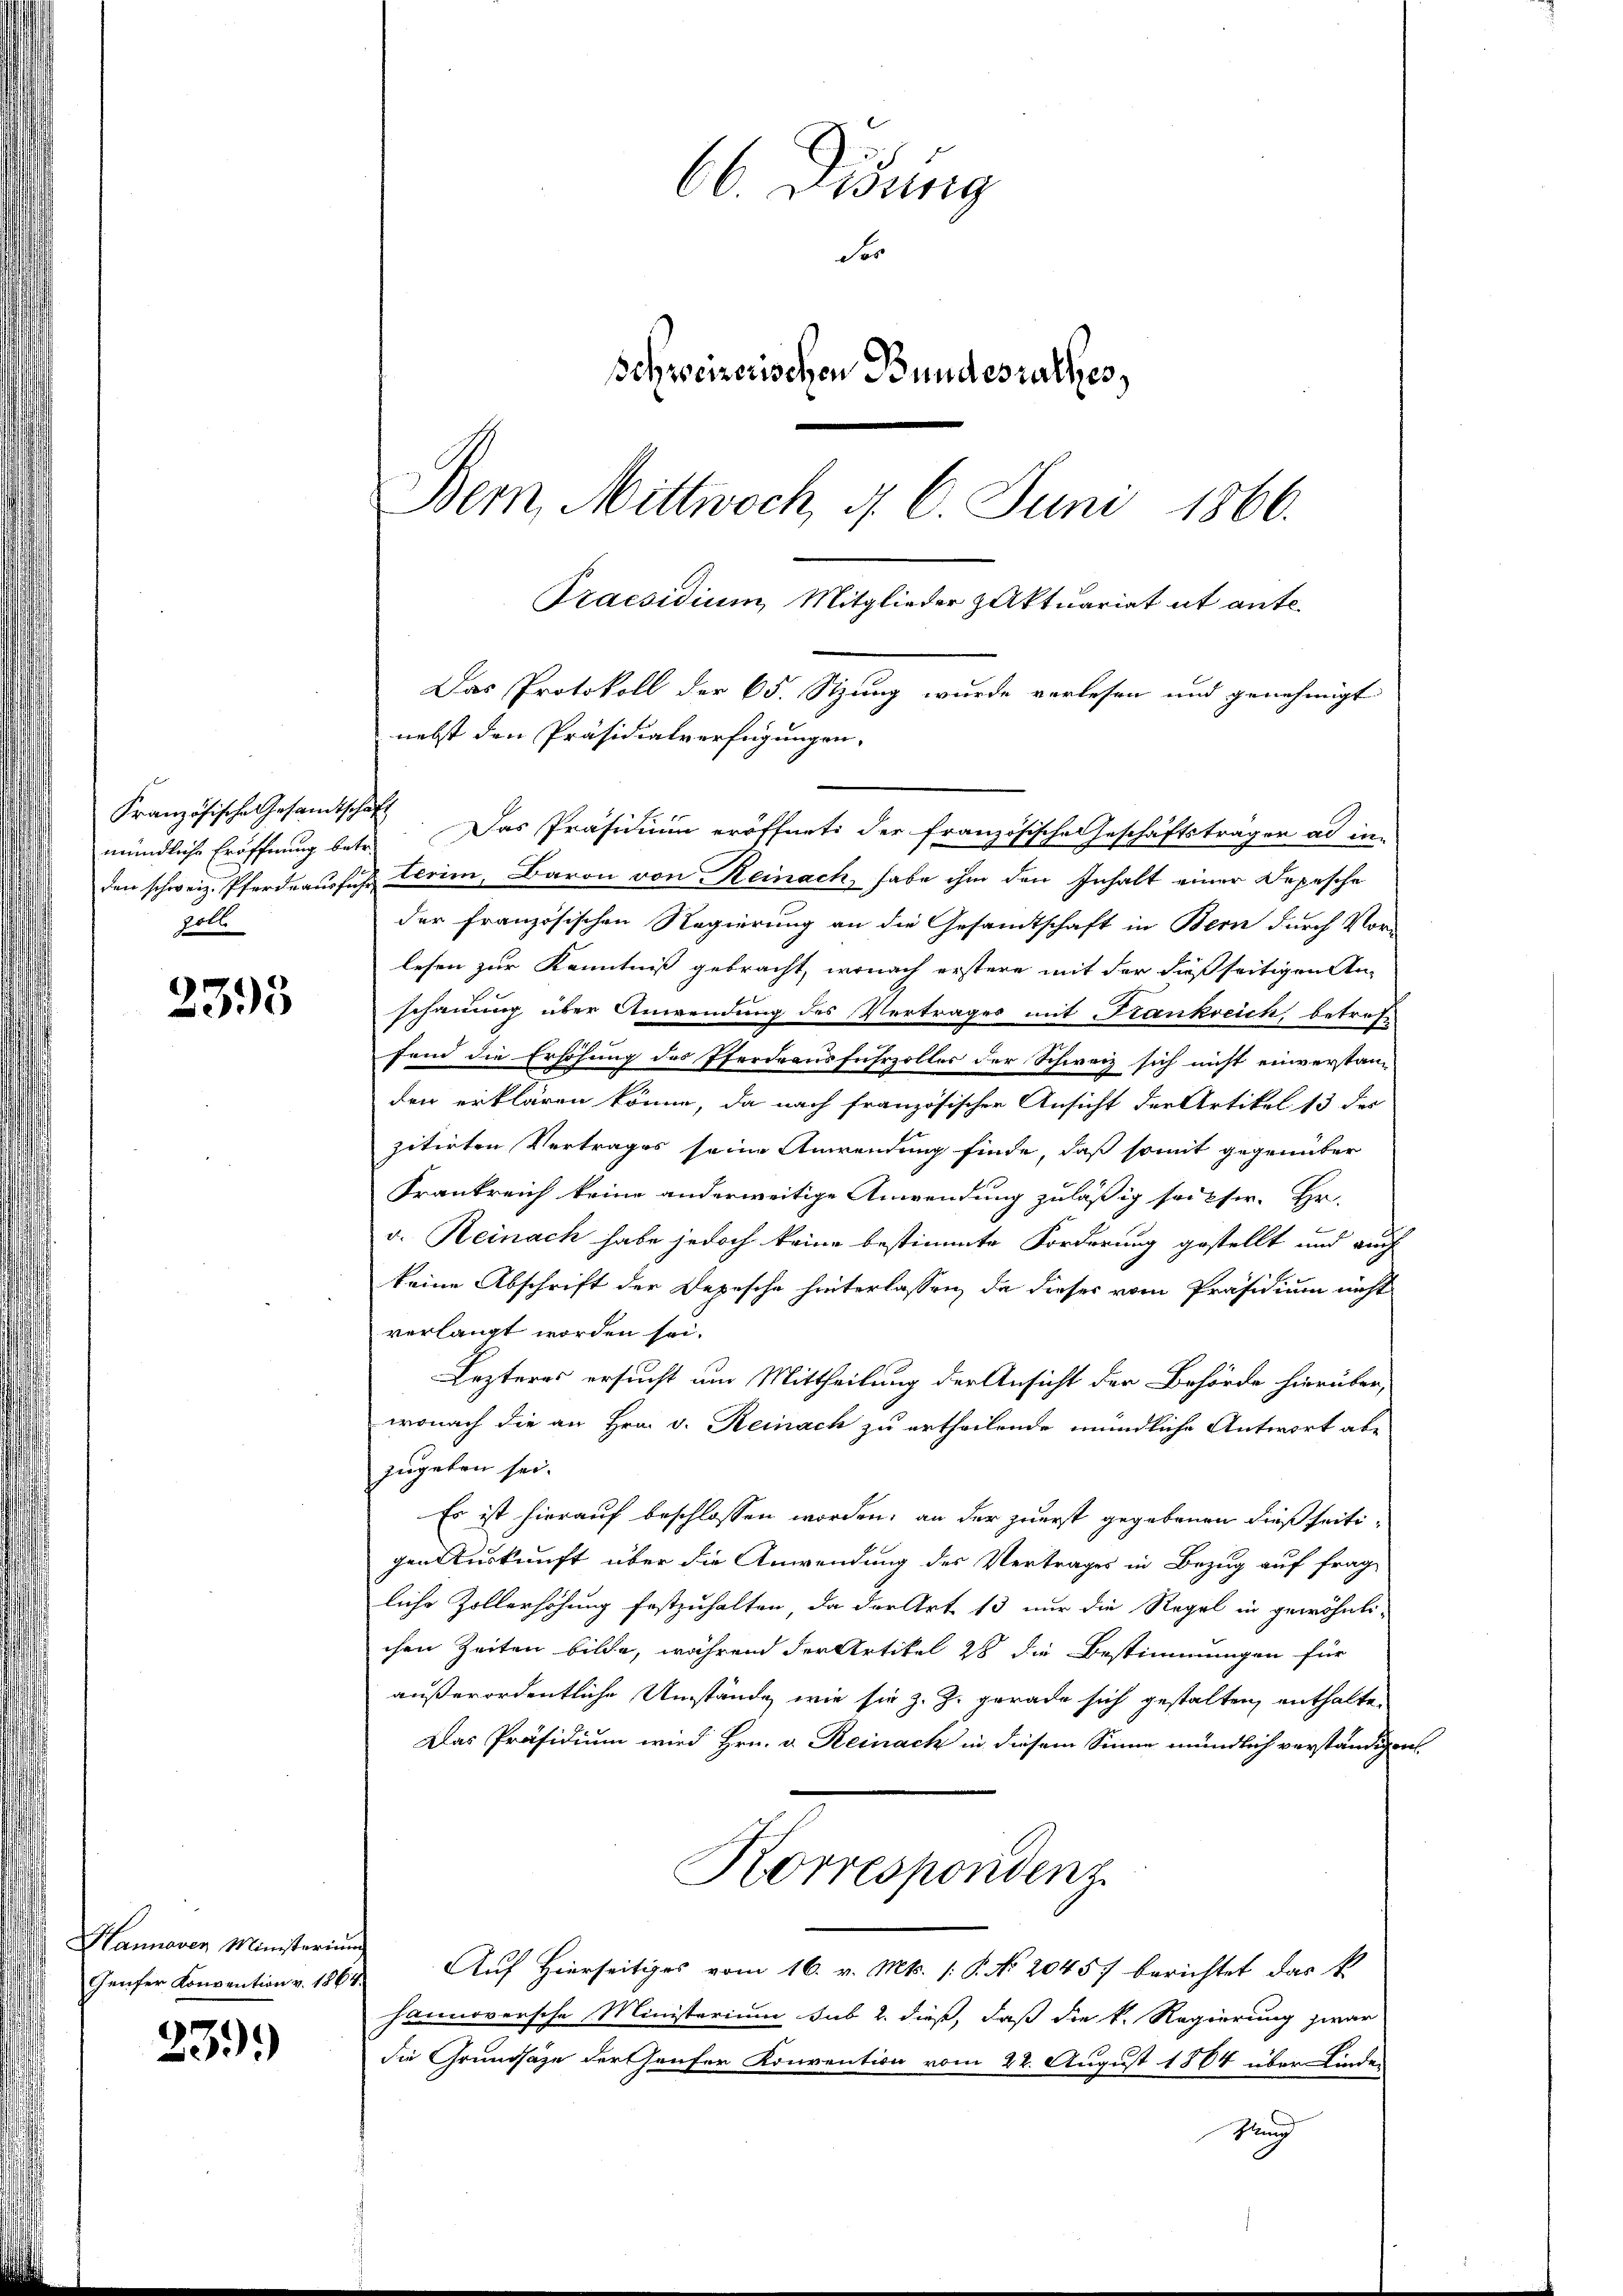
Französische Gesandtschaft
2oll.

2395

Hannaven Ministerium

239.

66. Disung
Se
Schweizerischen Bundesrathes,
Bem Mittwoch, d. 6. Juni 1866.

Praesidium, Mitglieder Aktuariat et ante.
Das Protokoll der 65. Stzung wurde verlesen und genehmigt
nebst den Präsidialverfügungen.
mündliche Eröffnung betr. Das Präsidium eröffnet der französische Geschäftsträger ad in-

den schweiz. Pferdraussich Ferie, Baron von Reinach, habe ihm den Inhalt einer Depesche
der französischen Regierung an die Gesandtschaft in Bern durch Vor-
lesen zur Kenntniß gebracht, wonach erstere mit der dießseitigen Anschauung über Anwendung des Vertrages mit Krankreich, betroff
fend die Erhöhung des Pferdeausfuhrzoller der Schweiz sich nicht einverstan-
den erklären könne, da nach französischer Ansicht der Artikel 13 des
zitirten Vertrages seine Anwendung finde, daß somit gegenüber
Krankreich keine anderweitige Anwendung zuläßig seitser. Hr.
v. Heinach habe jedoch keine bestimmte Forderung gestellt und auch
keine Abschrift der Depesche hinterlassen, da dieses vom Präsidium nicht
verlangt worden sei.
Lezteres ersucht um Mittheilung der Ansicht der Behörde hierüber,
wonach die an Hrn. v. Reinach zu ertheilende mündliche Antwort abe
zugeben sei.
Es ist hierauf beschlossen worden; an der zuerst gegebenen dießseitigen Auskunft über die Anwendung des Vertrages in Bezug auf frag-
liche Zollerhöhung festzuhalten, da der Art 13 nur die Regel in gewöhnlichen Zeiten bilde, während der Artikel 28 die Bestimmungen für
außerordentliche Umstände, wie sie z. Z. gerade sich gestalten, enthalten
Das Präsidium wird Hrn. v. Reinach in diesem Sinne mündlich verständigen.
Korrespondenz
Genfer Konvention v. 1864 Auf Hierseitiges vom 16. v. Mts. (: P. No 2045 berichtet das k
Hannoversche Ministerium sub 2. dieß, daß die k. Regierung zwar
die Grundsaze der Genfer Konvention vom 22. August 1864 über Kinder
Mund